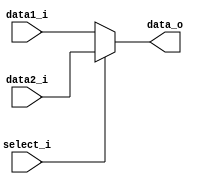
module MUX8 // mux8
(
   data1_i,
   data2_i,
   select_i,
   data_o
);

// Ports
input	[7:0]		data1_i;
input	[7:0]		data2_i;
input				select_i;  // aka isstall_i
output 	[7:0]		data_o;

// Wires & Registers
reg		[7:0]		data_o;


always@(*) begin
    if(select_i) begin 
        data_o = data2_i; 
    end
    else begin 
		data_o = data1_i; 
    end
end

endmodule